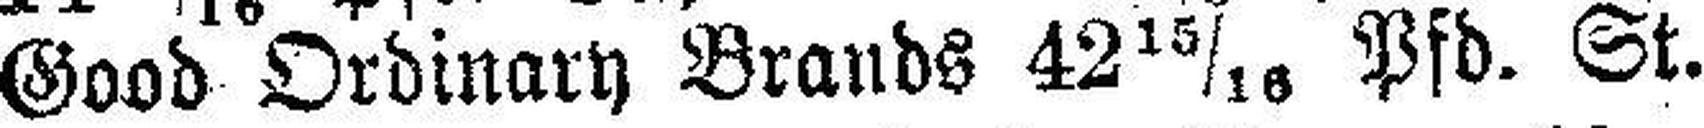
Good Ordinary Brands 42 15/16 Pfd. St.